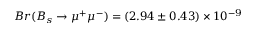
B r ( B _ { s } \to \mu ^ { + } \mu ^ { - } ) = ( 2 . 9 4 \pm 0 . 4 3 ) \times 1 0 ^ { - 9 }